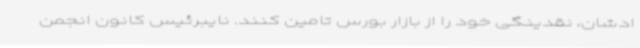
ادشان، نقدینگی خود را از بازار بورس تامین کنند. نایبرئیس کانون انجمن